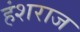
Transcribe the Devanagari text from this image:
हंशराज